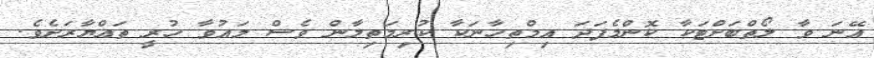
އޭނަ ވާ ލޯތްބަށްޓަކާ ކޮންމެފަދަ އިމްތިހާނަކާ ކުރިމަތިލާން ވެސް މައުވާ ހުރީ ތައްޔާރަށެވެ.